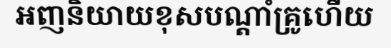
អញនិយាយខុសបណ្តាំគ្រូហើយ